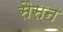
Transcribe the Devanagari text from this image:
सैसन